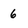
Character: 6